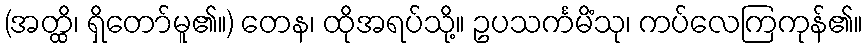
(အတ္ထိ၊ ရှိတော်မူ၏။) တေန၊ ထိုအရပ်သို့။ ဥပသင်္ကမိံသု၊ ကပ်လေကြကုန်၏။